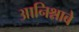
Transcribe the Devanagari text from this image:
आनिश्नाबे